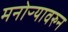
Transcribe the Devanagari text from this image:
मनोऱ्यावरुन